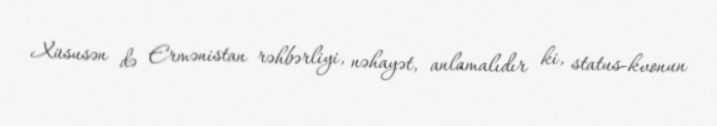
Xüsusən də Ermənistan rəhbərliyi, nəhayət, anlamalıdır ki, status-kvonun